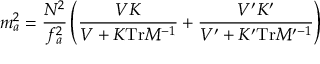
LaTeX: m _ { a } ^ { 2 } = \frac { N ^ { 2 } } { f _ { a } ^ { 2 } } \left( \frac { V K } { V + K \mathrm { T r } M ^ { - 1 } } + \frac { V ^ { \prime } K ^ { \prime } } { V ^ { \prime } + K ^ { \prime } \mathrm { T r } M ^ { \prime - 1 } } \right)